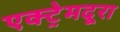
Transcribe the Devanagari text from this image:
एक्ट्रेमदूरा